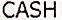
CASH